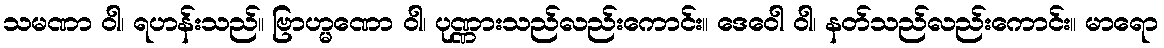
သမဏာ ဝါ၊ ရဟန်းသည်။ ဗြာဟ္မဏော ဝါ၊ ပုဏ္ဏားသည်လည်းကောင်း။ ဒေဝေါ ဝါ၊ နတ်သည်လည်းကောင်း။ မာရော